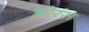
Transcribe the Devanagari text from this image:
फ्लोरंस